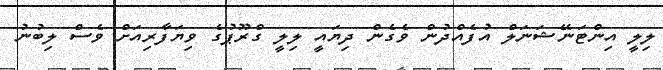
ލިލީ އިންޓަނޭޝަނަލް އުފެއްދުން ވެގެން ދިޔައީ ލިލީ ގްރޫޕުގެ ވިޔަފާރިއަށް ވެސް ލިބުނު